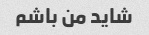
شاید من باشم